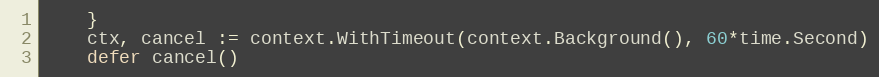
Language: Go
	}
	ctx, cancel := context.WithTimeout(context.Background(), 60*time.Second)
	defer cancel()